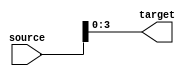
module PartSelectContinuousAssignment #(
    parameter SOURCE_WIDTH = 16, // Width of the source signal
    parameter TARGET_WIDTH = 4,   // Width of the target signal
    parameter START_INDEX = 0,     // Starting index for the part select
    parameter END_INDEX = 3        // Ending index for the part select
)(
    input  wire [SOURCE_WIDTH-1:0] source, // Source signal
    output wire [TARGET_WIDTH-1:0] target   // Target signal
);

// Ensure the part select indices are within the bounds of the source signal
generate
    if (END_INDEX >= SOURCE_WIDTH || START_INDEX < 0 || START_INDEX > END_INDEX) begin
        initial begin
            $fatal("Invalid part select indices.");
        end
    end
endgenerate

// Continuous assignment of the selected part of the source to the target
assign target = source[END_INDEX:START_INDEX];

endmodule